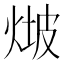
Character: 𤊫